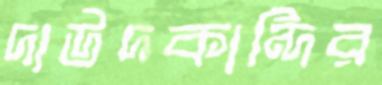
দাউদকান্দির